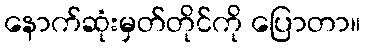
နောက်ဆုံးမှတ်တိုင်ကို ပြောတာ။